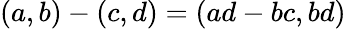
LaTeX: (a,b)-(c,d)=(ad-bc,bd)